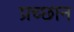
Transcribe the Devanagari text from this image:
प्रच्छान